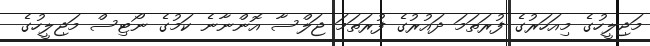
މަޖިލީހުގެ މިއަހަރުގެ ފުރަތަމަ ދައުރުގެ ފުރަތަމަ ޖަލްސާ އޮންނާނެ ކަމުގެ ނޯޓިސް މަޖިލީހުގެ